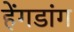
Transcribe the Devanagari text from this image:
हेंगडांग